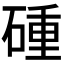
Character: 𥔧